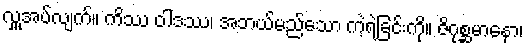
လှူအပ်လျက်။ ကိဿ ဝါဒဿ၊ အဘယ်မည်သော ကဲ့ရဲ့ခြင်းကို။ ဇိဂုစ္ဆမာနော၊